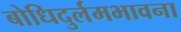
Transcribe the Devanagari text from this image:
बोधिदुर्लमभावना